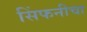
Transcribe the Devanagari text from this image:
सिंफनीचा